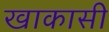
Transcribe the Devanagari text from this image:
खाकासी